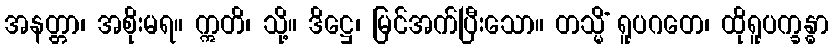
အနတ္တာ၊ အစိုးမရ။ ဣတိ၊ သို့။ ဒိဋ္ဌေ၊ မြင်အက်ပြီးသော။ တသ္မိံ ရူပဂတေ၊ ထိုရူပက္ခန္ဓာ